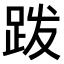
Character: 𫏆